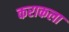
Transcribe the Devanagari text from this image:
कराकला